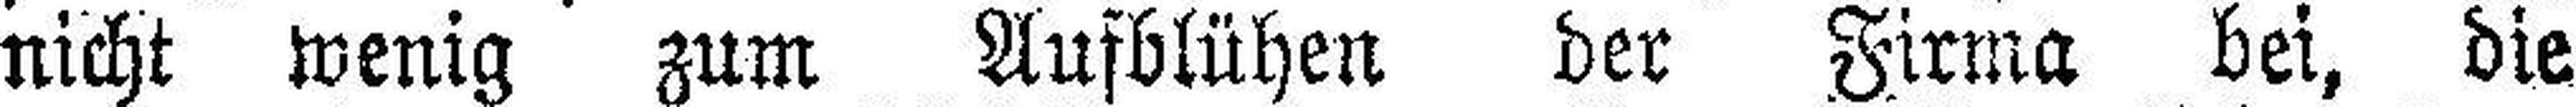
nicht wenig zum Aufblühen der Firma bei, die